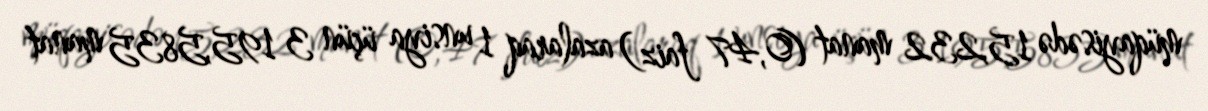
müqayisədə 15,232 manat (0,47 faiz) azalaraq 1 unsiya üçün 3 195,5835 manat